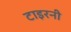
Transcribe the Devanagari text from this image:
टाइरनी